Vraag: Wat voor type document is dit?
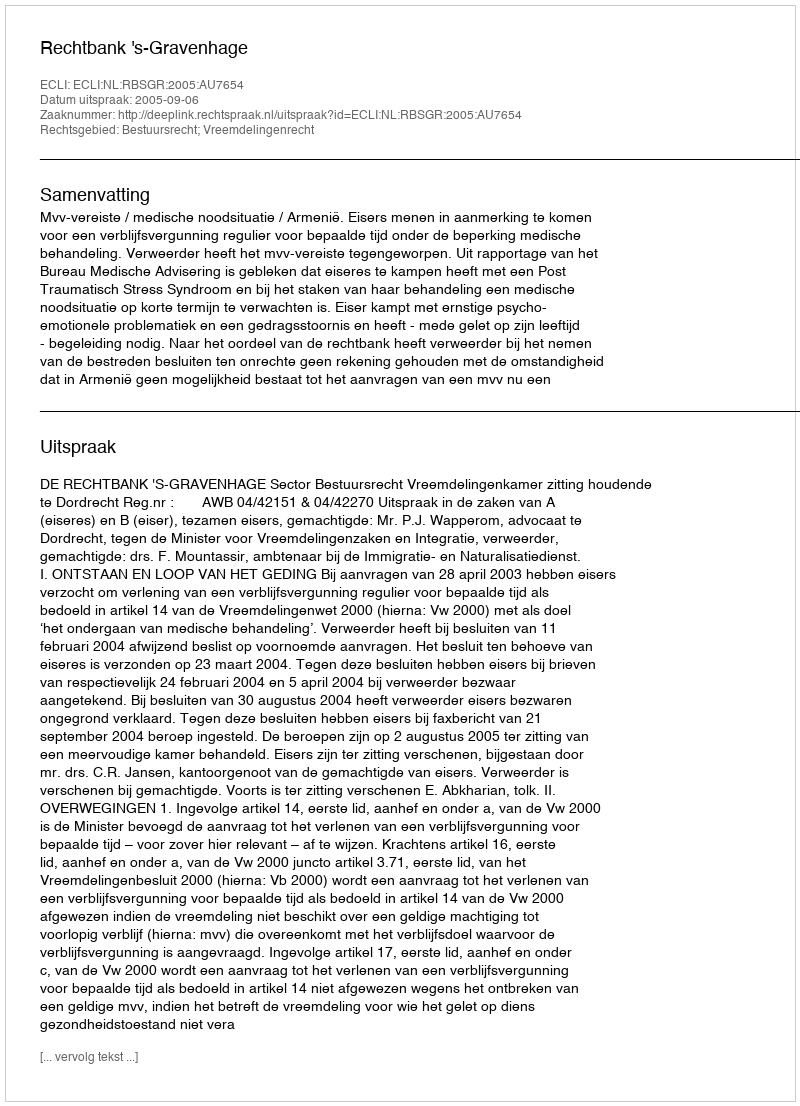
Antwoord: Uitspraak